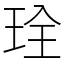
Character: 㻇